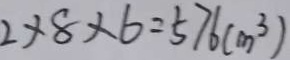
2 \times 8 \times 6 = 5 7 6 ( c m ^ { 3 } )